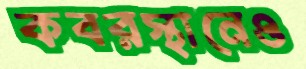
কবরস্থানেও